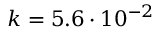
k = 5 . 6 \cdot 1 0 ^ { - 2 }